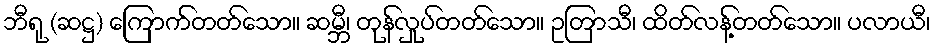
ဘီရု (ဆဋ္ဌ) ကြောက်တတ်သော။ ဆမ္ဘီ၊ တုန်လှုပ်တတ်သော။ ဥတြာသီ၊ ထိတ်လန့်တတ်သော။ ပလာယီ၊